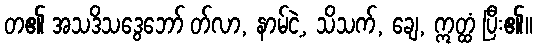
တ၏ အသဒိသဒွေဘော် တ်လာ, နာမ်ငဲ့, သိသက်, ချေ, ဣတ္ထံ ပြီး၏။